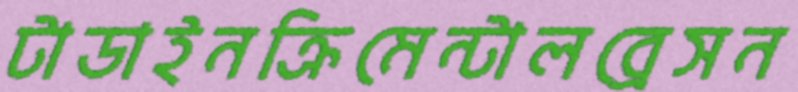
টাডাইনক্রিমেন্টালব্রেসন